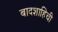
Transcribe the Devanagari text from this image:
बादशाहिची